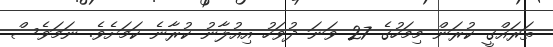
ތަރައްގީ ކުރަން މިމަހުގެ 27 ވަނަ ދުވަހު އިއުލާނު ކުރާނެ ކަމަށެވެ. ނަމަވެސް